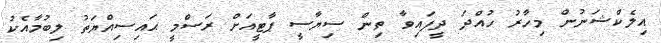
އިލެކްޝަނުން މިހާރު ހުއްދަ ދީފައިވާ ތިން ސިޔާސީ ޕާޓީއަށް ރަސްމީ ޙައިސިއްޔަތު ލިބުމާއެކު